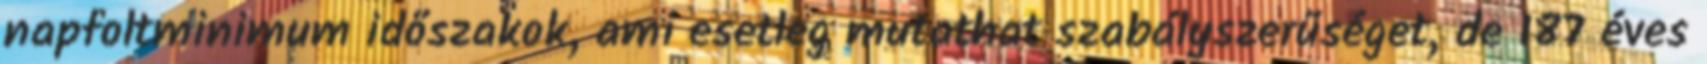
napfoltminimum időszakok, ami esetleg mutathat szabályszerűséget, de 187 éves